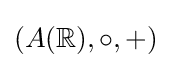
(A(\mathbb {R} ),\circ ,+)